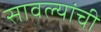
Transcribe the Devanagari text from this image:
सावल्यांची